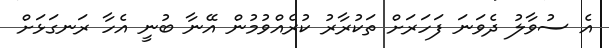
އެ ސުވާލު ދެވަނަ ފަހަރަށް ތަކުރާރު ކުރެއްވުމުން އޭނާ ބުނީ އެހާ ރަނގަޅަށް